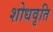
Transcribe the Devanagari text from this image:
शोधवृति